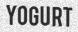
YOGURT